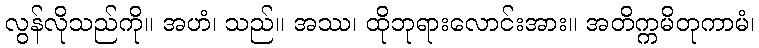
လွန်လိုသည်ကို။ အဟံ၊ သည်။ အဿ၊ ထိုဘုရားလောင်းအား။ အတိက္ကမိတုကာမံ၊